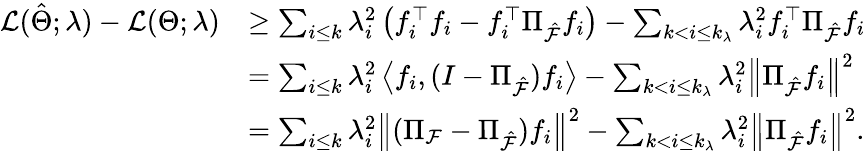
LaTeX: \begin{array}{rl}{{\cal L}(\hat{\Theta};\lambda)-{\cal L}(\Theta;\lambda)}&{\geq\sum_{i\leq k}\lambda_{i}^{2}\left(f_{i}^{\top}f_{i}-f_{i}^{\top}\Pi_{\hat{\cal F}}f_{i}\right)-\sum_{k<i\leq k_{\lambda}}\lambda_{i}^{2}f_{i}^{\top}\Pi_{\hat{\cal F}}f_{i}}\\ &{=\sum_{i\leq k}\lambda_{i}^{2}\left\langle f_{i},(I-\Pi_{\hat{\cal F}})f_{i}\right\rangle-\sum_{k<i\leq k_{\lambda}}\lambda_{i}^{2}\left\| \Pi_{\hat{\cal F}}f_{i}\right\| ^{2}}\\ &{=\sum_{i\leq k}\lambda_{i}^{2}\left\| (\Pi_{\cal F}-\Pi_{\hat{\cal F}})f_{i}\right\| ^{2}-\sum_{k<i\leq k_{\lambda}}\lambda_{i}^{2}\left\| \Pi_{\hat{\cal F}}f_{i}\right\| ^{2}.}\end{array}